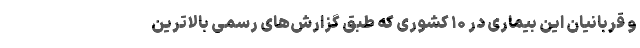
و قربانیان این بیماری در ۱۰ کشوری که طبق گزارش‌های رسمی بالاترین